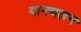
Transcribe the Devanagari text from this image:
यानचलन